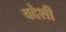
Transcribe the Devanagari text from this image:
वदेशी